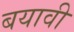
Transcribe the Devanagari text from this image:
बयावी